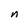
Character: n